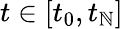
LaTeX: t\in[t_{0},t_{\mathbb{N}}]